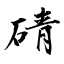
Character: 碃